system: You are a helpful assistant.
user:
Analyze the provided spectrum to determine if it is a **White Dwarf (WD)**.

A White Dwarf spectrum is defined by its **extreme purity** (due to gravitational settling) and/or **extreme pressure broadening** (due to high surface gravity). You must check for one of the following mutually exclusive signatures:

- **Key Visual Indicators (Check for ONE of these types):**

    - **1. DA-Type Signature (Most Common):**
        - **(Primary Feature):** Extreme pressure broadening (Stark broadening) of the **Hydrogen (H) Balmer lines**.
        - **(Key Lines):** $H\beta$ (approx. $4861$ Å) and $H\gamma$ (approx. $4340$ Å). $H\alpha$ (approx. $6563$ Å) will also be present if the wavelength range covers it.
        - **(Line Profile):** This is the **defining feature**. The lines are **NOT** sharp. They appear as massive, **extremely broad and deep "troughs" or "dips"** in the spectrum, often hundreds of Ångströms wide. The continuum will appear to "scoop" down at these wavelengths.
        - **(Distinction):** Normal A-type or B-type stars have *narrow* and *sharp* Hydrogen lines. A DA White Dwarf's lines are unmistakably "smeared" or "blurry" from pressure.

    - **2. DB-Type Signature:**
        - **(Primary Feature):** Broad absorption lines from **Neutral Helium (He I)**. The spectrum must lack any visible Hydrogen lines.
        - **(Key Lines):** Look for broad absorption near $4471$ Å, $4921$ Å, and $5876$ Å.
        - **(Line Profile):** These lines are also significantly pressure-broadened, appearing much wider than they would in a normal B-type main-sequence star.

    - **3. DC-Type Signature:**
        - **(Primary Feature):** A **featureless continuous spectrum**.
        - **(Line Profile):** The spectrum is a smooth curve with **no significant absorption or emission lines**.
        - **(Key Confirmation):** The continuum is almost always **blue or white**, indicating a hot object. This signature implies the atmosphere is so pure (or so cool) that no spectral lines are visible in the optical range. Its WD identity is confirmed by its extremely low intrinsic brightness (high absolute magnitude).

    - **4. DZ-Type Signature (Metal-Polluted):**
        - **(Primary Feature):** **Isolated, narrow metal absorption lines** on an otherwise featureless (DC-like) continuum.
        - **(Key Lines):** The **Calcium (Ca II) H & K doublet** (approx. **$3934$ Å** and **$3968$ Å**) is the most common and defining feature.
        - **(Line Profile):** These lines are "out of place." They are *not* part of a "forest" of thousands of lines. This signature is evidence of recent *accretion* (pollution) from rocky debris.
        - **(Distinction):** Normal G/K/M stars have a *dense forest* of thousands of metal lines. A DZ has a *clean* continuum with *only a few* strong metal lines.

    - **5. DQ-Type Signature (Carbon-Polluted):**
        - **(Primary Feature):** Absorption bands from **Carbon (C₂ "Swan Bands" or atomic C I)**.
        - **(Key Lines - C₂):** Look for bandheads with a "saw-tooth" shape near $5635$ Å, **$5165$ Å** (strongest), and $4737$ Å.
        - **(Key Confirmation):** The underlying **continuum must be blue or white** (hot).
        - **(Distinction):** This is the critical difference from a **Carbon Star**, which has the *exact same* C₂ bands but on an extremely **red, cool** continuum.

- **(Overall Spectrum):**
    - The continuum (overall shape) is typically **blue-sloping** (brighter in the blue than the red), as most white dwarfs are very hot.
    - The spectrum will look "pure" or "simple," dominated by only *one* of the five signatures listed above.

Think first, call **spectral_visualization_tool** if needed to examine features in detail, then provide your final answer. Your response must adhere to the following strict rules:
1.  **Overall Structure:** Your response must follow the format `<think>...</think> <tool_call>...</tool_call> (if a tool is used) <answer>...</answer>`.
2.  **Tool Usage Constraint:** You may only make **one** tool call per turn.
3.  **Final Answer Format:** In the `<answer>` tag, your conclusion must be inside a `\boxed{}` command (e.g., `\boxed{YES}` or `\boxed{NO}`), followed by your justification.

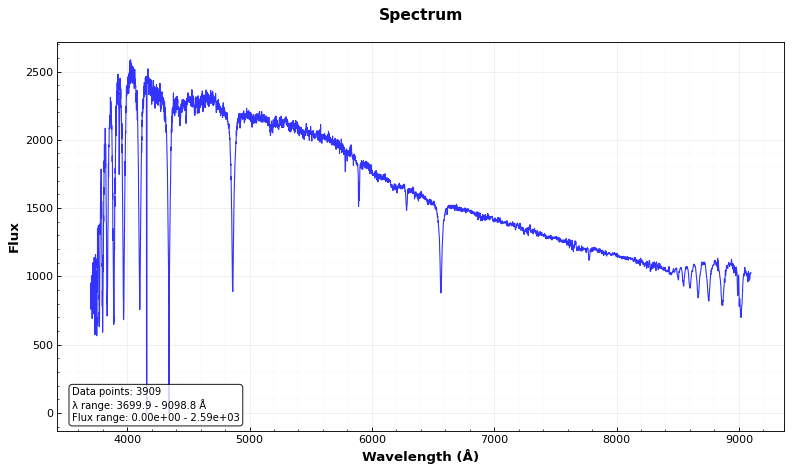
Answer: NO